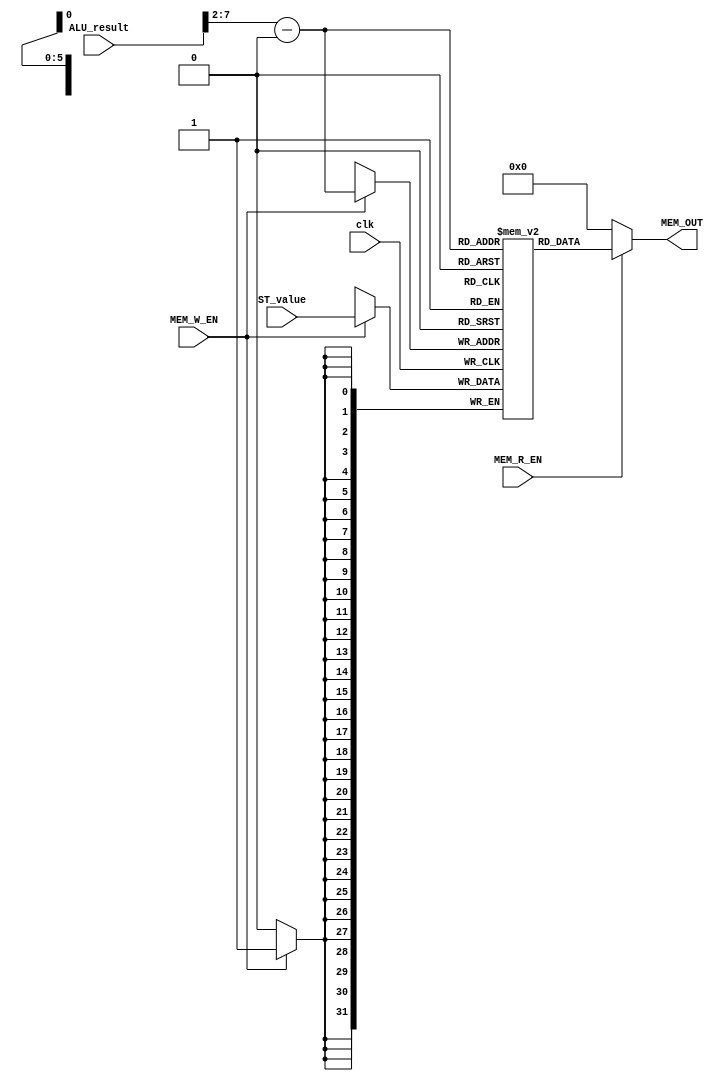
module Data_memory(
        input clk,
        input MEM_W_EN, MEM_R_EN,
        input [31:0] ALU_result,
        input [31:0] ST_value,

        output [31:0] MEM_OUT);

    integer i;
    reg [31:0] data [63:0];

    assign MEM_OUT = MEM_R_EN ? data[(ALU_result>>2)-256]: 32'd0;

    always@(posedge clk)begin
          if(MEM_W_EN)begin
               data[(ALU_result>>2)-256] = ST_value;
          end
     end

endmodule